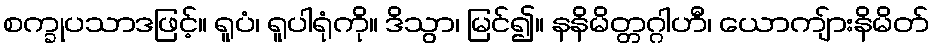
စက္ခုပသာဒဖြင့်။ ရူပံ၊ ရူပါရုံကို။ ဒိသွာ၊ မြင်၍။ နနိမိတ္တဂ္ဂါဟီ၊ ယောကျ်ားနိမိတ်